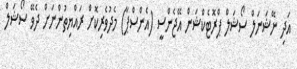
އަދި ނޭޝަނަލް ސޯޝަލް ޕްރޮޓެކްޝަން އޭޖެންސީ (އެންސްޕާ) މެދުވެރިކޮށް ރައްޔިތުންނަށް ދެވޭ ސޯޝަލް